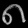
Digit: ၈